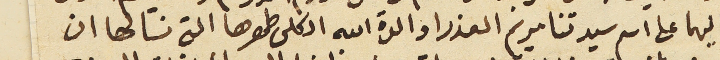
اليهما على اسم سيدتنا مريم العذرا والدة الله الكلى طهرها التى نَسالها ان